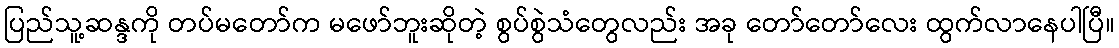
ပြည်သူ့ဆန္ဒကို တပ်မတော်က မဖော်ဘူးဆိုတဲ့ စွပ်စွဲသံတွေလည်း အခု တော်တော်လေး ထွက်လာနေပါပြီ။